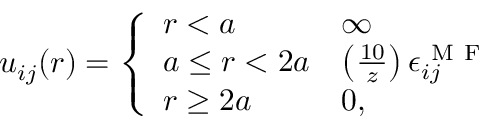
u _ { i j } ( r ) = \left\{ \begin{array} { l l } { r < a } & { \infty } \\ { a \le r < 2 a } & { \left( \frac { 1 0 } { z } \right) \epsilon _ { i j } ^ { \mathrm { ~ M ~ F ~ } } } \\ { r \ge 2 a } & { 0 , } \end{array} \right.